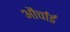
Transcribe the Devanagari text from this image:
और्चार्ड